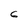
Character: 6